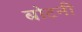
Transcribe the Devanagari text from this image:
बोटनी